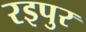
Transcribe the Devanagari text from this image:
रइपुर